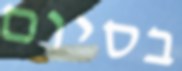
בסיום